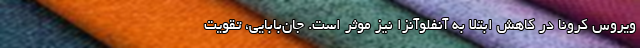
ویروس کرونا در کاهش ابتلا به آنفلوآنزا نیز موثر است. جان‌بابایی، تقویت